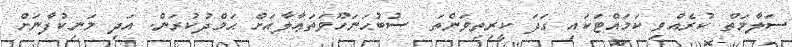
ސަލާމަތް ކުރެއްވި ކަމައްޓަކައި ގަދަ ކީރިތިވަންތަ  ސުބުޙަނަހޫވަތަޢާލާއަށް ޙަމްދުކުރަން. އަދި މަނިކުފާނަށް